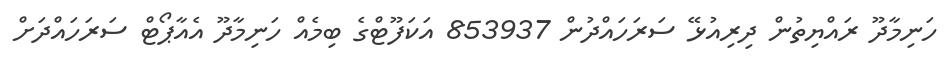
ހަނިމާދޫ ރައްޔިތުން ދިރިއުޅޭ ސަރަހައްދުން 853937 އަކަފޫޓްގެ ބިމެއް ހަނިމާދޫ އެއާޕޯޓް ސަރަހައްދަށް